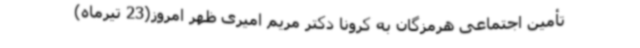
تأمین اجتماعی هرمزگان به کرونا دکتر مریم امیری ظهر امروز(23 تیرماه)